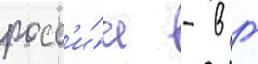
росс'и́и - в г